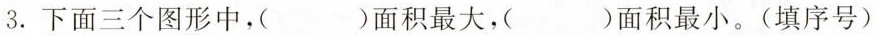
3.下面三个图形中，( )面积最大，( )面积最小。